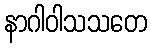
နာဂါဝါသသတေ